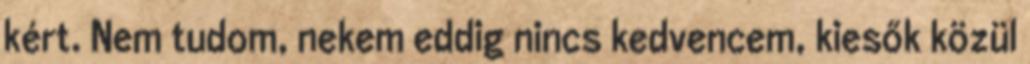
kért. Nem tudom, nekem eddig nincs kedvencem, kiesők közül